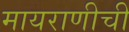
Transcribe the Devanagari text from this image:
मायराणीची